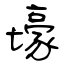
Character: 壕